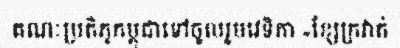
គណៈប្រតិភូកម្ពុជាទៅចូលរួមវេទិកា «ខ្សែក្រវាត់